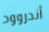
أندروود